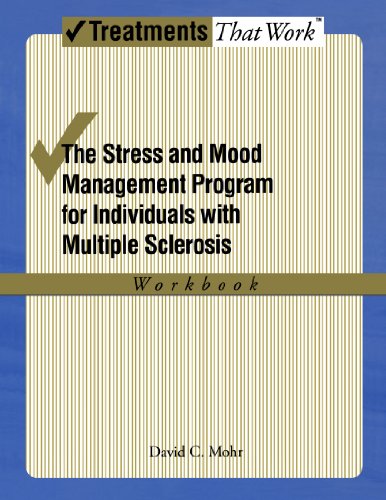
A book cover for The Stress and Mood Management Program for Individuals With Multiple Sclerosis: Workbook (TREATMENTS THAT WORK); David Mohr; Health, Fitness & Dieting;